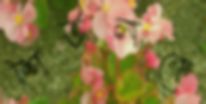
শিউলকে